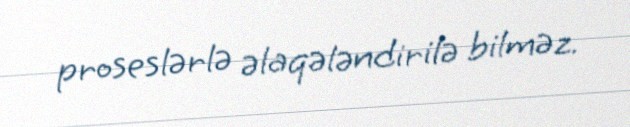
proseslərlə əlaqələndirilə bilməz.